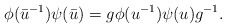
\begin{align*}\phi (\bar{u}^{-1}) \psi (\bar{u}) = g \phi (u^{-1}) \psi (u) g^{-1}.\end{align*}